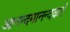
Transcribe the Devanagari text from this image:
आनन्दमानन्दकरं